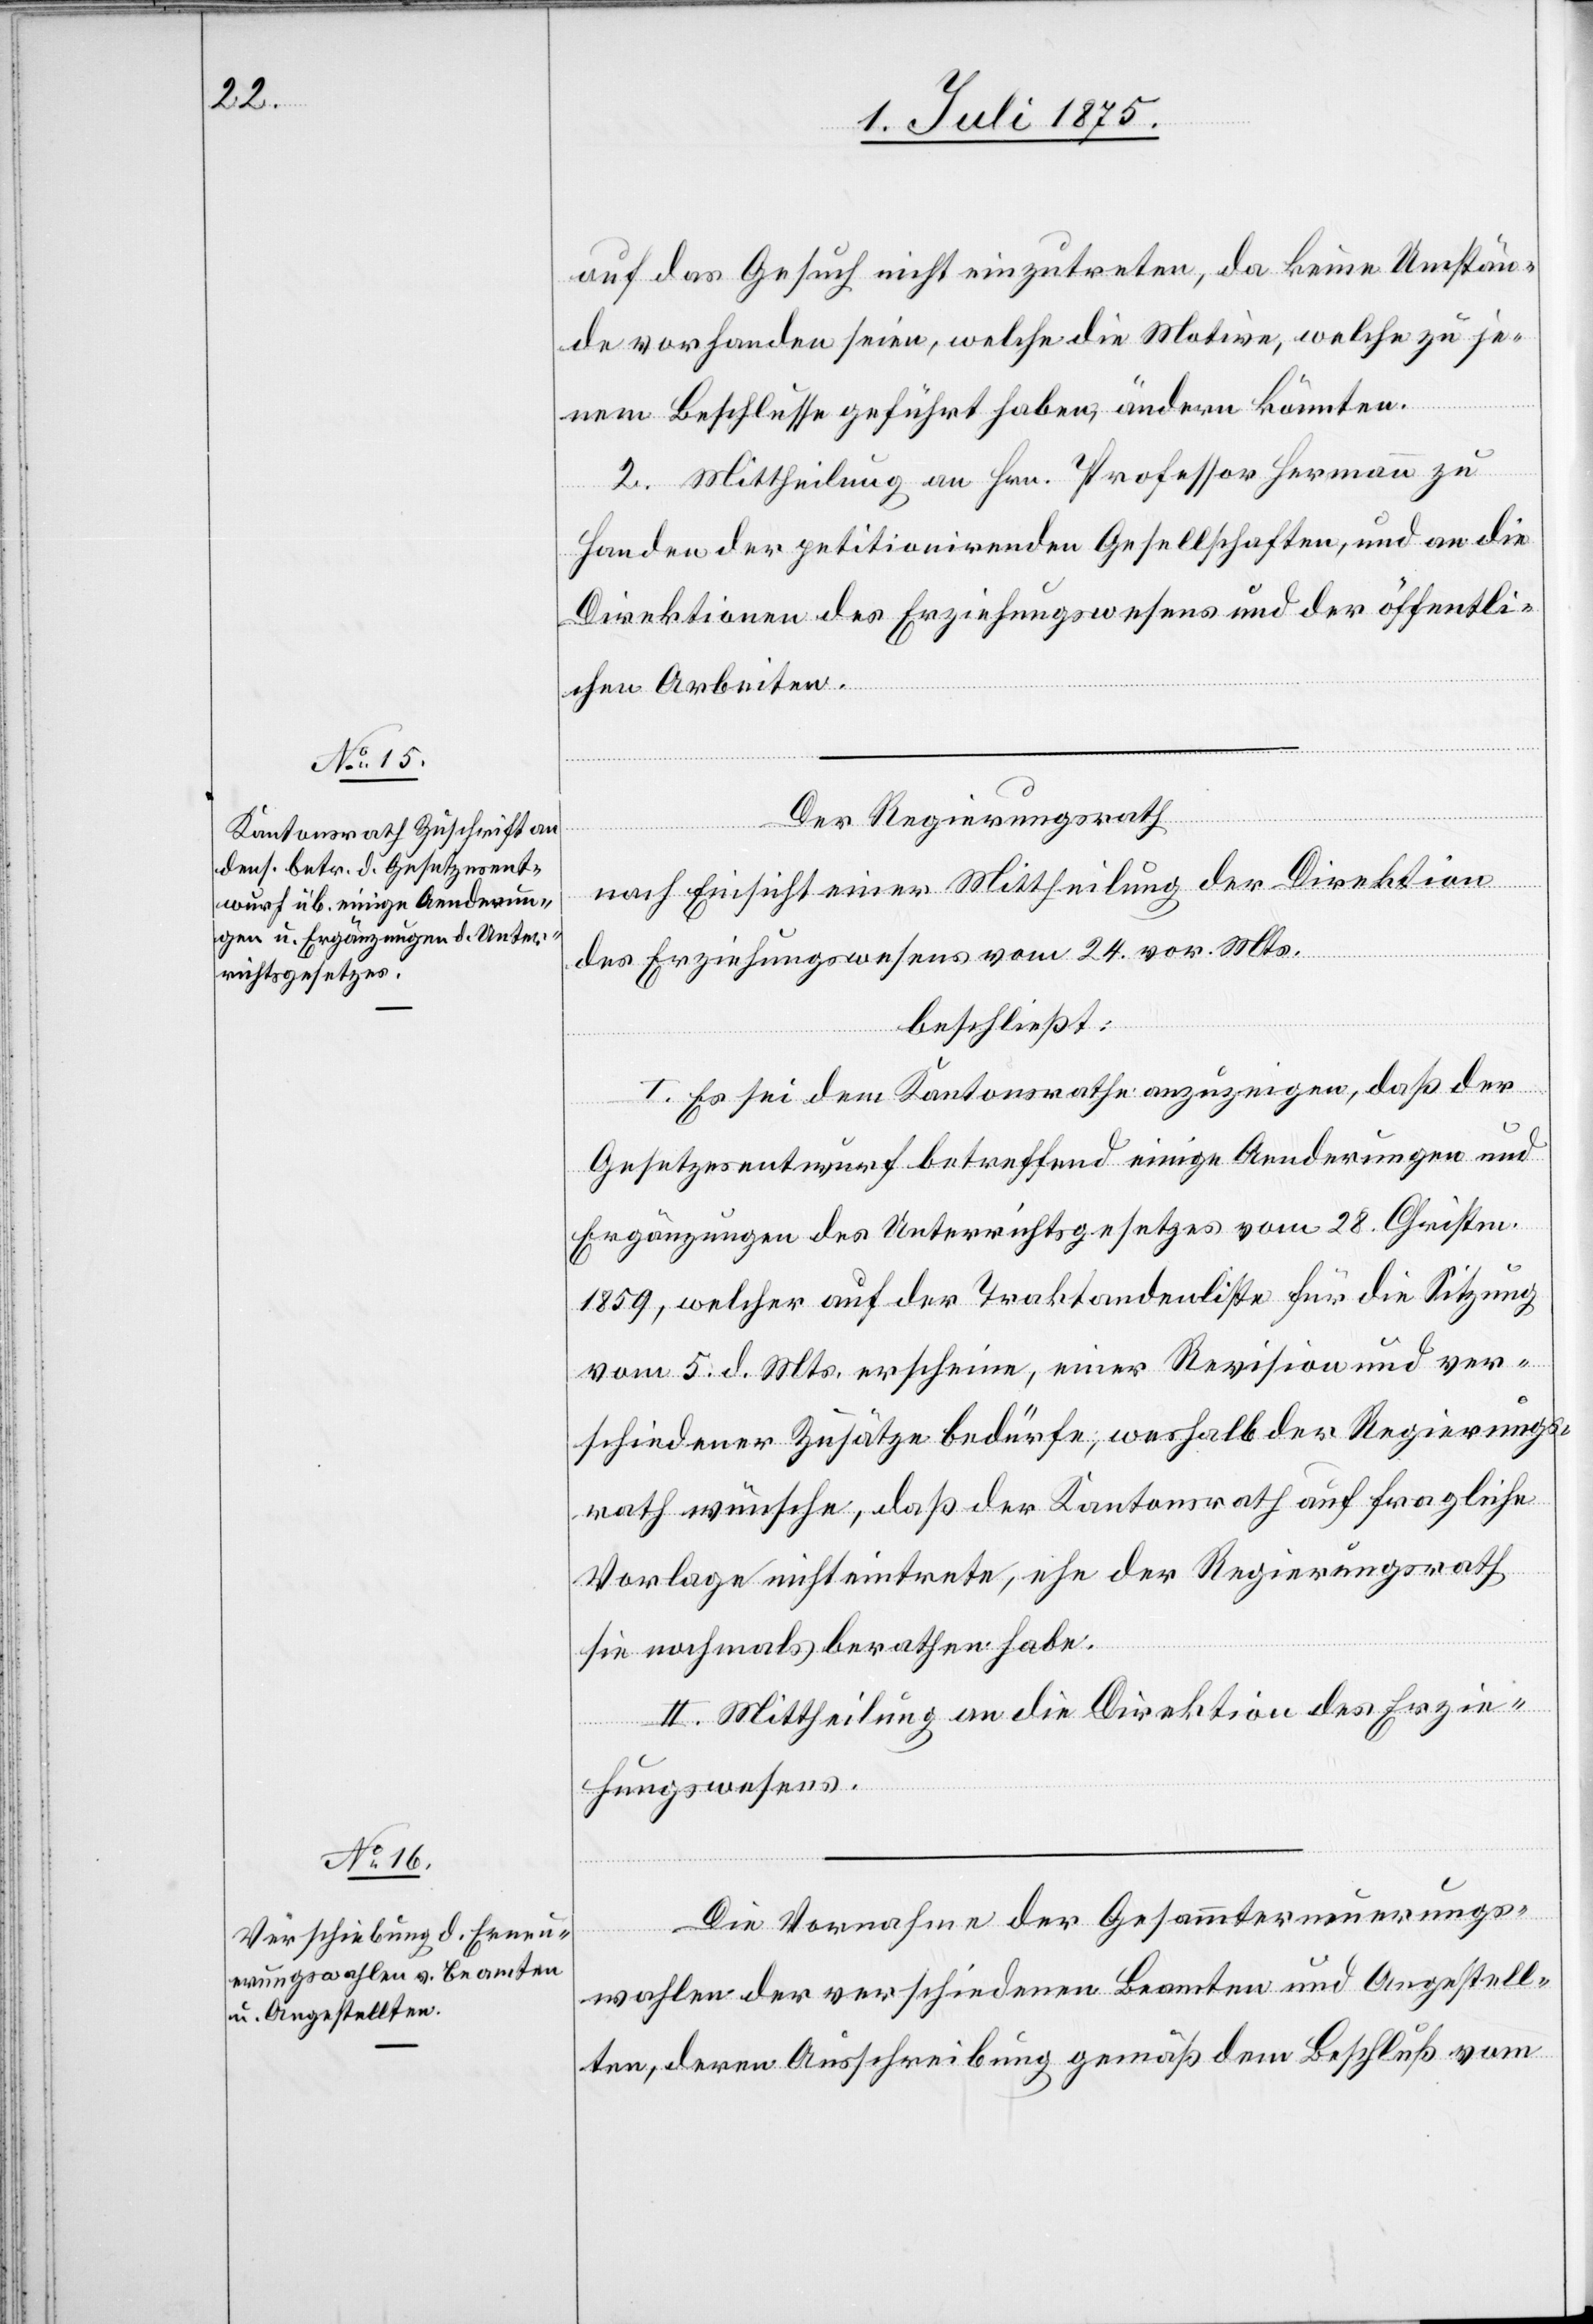
auf das Gesuch nicht einzutreten, da keine Umstän¬
de vorhanden seien, welche die Motive, welche zu je¬
nem Beschlusse geführt haben, ändern könnten.
2. Mittheilung an Hrn. Professor Hermann zu
Handen der petitionirenden Gesellschaften, und an die
Direktionen des Erziehungswesens und der öffentli¬
chen Arbeiten.
Der Regierungsrath,
nach Einsicht einer Mittheilung der Direktion
des Erziehungswesens vom 24. vor. Mts.
beschließt:
I. Es sei dem Kantonsrathe anzuzeigen, daß der
Gesetzesentwurf betreffend einige Aenderungen und
Ergänzungen des Unterrichtsgesetzes vom 28. Christm.
1859, welcher auf der Traktandenliste für die Sitzung
vom 5. d. Mts erscheine, einer Revision und ver¬
schiedener Zusätze bedürfe, weshalb der Regierungs¬
rath wünsche, daß der Kantonsrath auf fragliche
Vorlage nicht eintrete, ehe der Regierungsrath
sie nochmals berathen habe.
II. Mittheilung an die Direktion des Erzie¬
hungswesens.
Die Vornahme der Gesammterneuerungs¬
wahlen der verschiedenen Beamten und Angestell¬
ten, deren Ausschreibung gemäß dem Beschluß vom